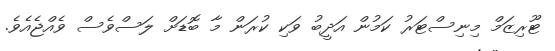
ޓޫރިޒަމް މިނިސްޓަރު ކަމުން އަދީބު ވަކި ކުރަން މާ ބޮޑަށް ލަސްވެސް ވެއްޖެއެވެ.